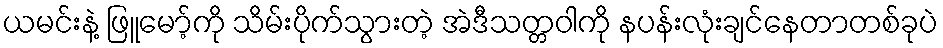
ယမင်းနဲ့ ဖြူမော့်ကို သိမ်းပိုက်သွားတဲ့ အဲဒီသတ္တဝါကို နပန်းလုံးချင်နေတာတစ်ခုပဲ